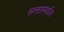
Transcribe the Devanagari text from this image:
सत्तास्पर्धेत